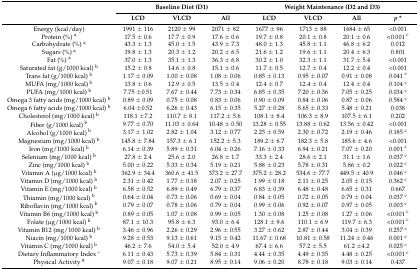
<table><thead><tr><td rowspan="2"></td><td colspan="3"><b>Baseline Diet (D1)</b></td><td colspan="4"><b>Weight Maintenance (D2 and D3)</b></td></tr><tr><td><b>LCD</b></td><td><b>VLCD</b></td><td><b>All</b></td><td><b>LCD</b></td><td><b>VLCD</b></td><td><b>All</b></td><td><b><i>p</i> *</b></td></tr></thead><tbody><tr><td>Energy (kcal/day)</td><td>1991 ± 116</td><td>2120 ± 99</td><td>2071 ± 82</td><td>1677 ± 96</td><td>1713 ± 88</td><td>1684 ± 65</td><td>&lt;0.001</td></tr><tr><td>Protein (%) <sup>a</sup></td><td>17.5 ± 0.6</td><td>17.7 ± 0.9</td><td>17.6 ± 0.6</td><td>19.7 ± 0.8</td><td>20.1 ± 0.8</td><td>20.1 ± 0.6</td><td>&lt;0.001 <sup>c</sup></td></tr><tr><td>Carbohydrate (%) <sup>a</sup></td><td>43.3 ± 1.3</td><td>45.0 ± 1.5</td><td>43.9 ± 7.3</td><td>48.0 ± 1.3</td><td>45.8 ± 1.1</td><td>46.8 ± 6.2</td><td>0.012</td></tr><tr><td>Sugars (%) <sup>a</sup></td><td>19.8 ± 1.3</td><td>20.3 ± 1.2</td><td>20.2 ± 6.5</td><td>21.6 ± 1.2</td><td>19.6 ± 1.1</td><td>20.4 ± 6.3</td><td>0.801</td></tr><tr><td>Fat (%) <sup>a</sup></td><td>37.0 ± 1.3</td><td>35.1 ± 1.3</td><td>36.3 ± 6.8</td><td>30.2 ± 1.0</td><td>32.3 ± 1.1</td><td>31.7 ± 5.4</td><td>&lt;0.001</td></tr><tr><td>Saturated fat (g/1000 kcal) <sup>b</sup></td><td>15.2 ± 0.8</td><td>14.6 ± 0.8</td><td>15.1 ± 0.6</td><td>11.7 ± 0.5</td><td>12.7 ± 0.4</td><td>12.2 ± 0.4</td><td>&lt;0.001</td></tr><tr><td>Trans fat (g/1000 kcal) <sup>b</sup></td><td>1.17 ± 0.09</td><td>1.00 ± 0.08</td><td>1.08 ± 0.06</td><td>0.85 ± 0.13</td><td>0.95 ± 0.07</td><td>0.91 ± 0.08</td><td>0.041 <sup>c</sup></td></tr><tr><td>MUFA (mg/1000 kcal) <sup>b</sup></td><td>13.8 ± 0.6</td><td>12.9 ± 0.5</td><td>13.5 ± 0.4</td><td>12.4 ± 0.7</td><td>12.4 ± 0.4</td><td>12.4 ± 0.4</td><td>0.104 <sup>c</sup></td></tr><tr><td>PUFA (mg/1000 kcal) <sup>b</sup></td><td>7.75 ±0.51</td><td>7.67 ± 0.44</td><td>7.73 ± 0.34</td><td>6.85 ± 0.35</td><td>7.20 ± 0.36</td><td>7.05 ± 0.25</td><td>0.034 <sup>c</sup></td></tr><tr><td>Omega 3 fatty acids (mg/1000 kcal) <sup>b</sup></td><td>0.89 ± 0.09</td><td>0.75 ± 0.08</td><td>0.83 ± 0.06</td><td>0.90 ± 0.09</td><td>0.84 ± 0.06</td><td>0.87 ± 0.06</td><td>0.584 <sup>c</sup></td></tr><tr><td>Omega 6 fatty acids (mg/1000 kcal) <sup>b</sup></td><td>6.04 ±0.52</td><td>6.26 ± 0.43</td><td>6.15 ± 0.35</td><td>5.27 ± 0.28</td><td>5.65 ± 0.33</td><td>5.48 ± 0.21</td><td>0.038 </td></tr><tr><td>Cholesterol (mg/1000 kcal) <sup>b</sup></td><td>118.1 ±7.2</td><td>110.7 ± 8.1</td><td>117.2 ± 5.6</td><td>108.1 ± 8.4</td><td>106.3 ± 8.9</td><td>107.5 ± 6.1</td><td>0.202 </td></tr><tr><td>Fiber (g/1000 kcal) <sup>b</sup></td><td>9.77 ± 0.70</td><td>11.03 ± 0.64</td><td>10.48 ± 0.50</td><td>13.28 ± 0.55</td><td>13.88 ± 0.62</td><td>13.56 ± 0.42</td><td>&lt;0.001</td></tr><tr><td>Alcohol (g/1000 kcal) <sup>b</sup></td><td>3.17 ± 1.02</td><td>2.82 ± 1.04</td><td>3.12 ± 0.77</td><td>2.25 ± 0.59</td><td>2.30 ± 0.72</td><td>2.19 ± 0.46</td><td>0.185 <sup>c</sup></td></tr><tr><td>Magnesium (mg/1000 kcal) <sup>b</sup></td><td>145.8 ± 7.84</td><td>157.3 ± 6.1</td><td>152.2 ± 5.3</td><td>189.2 ± 6.7</td><td>182.3 ± 5.8</td><td>185.6 ± 4.6</td><td>&lt;0.001</td></tr><tr><td>Iron (mg/1000 kcal) <sup>b</sup></td><td>6.14 ± 0.39</td><td>5.89 ± 0.31</td><td>6.04 ± 0.26</td><td>7.16 ± 0.33</td><td>6.94 ± 0.21</td><td>7.07 ± 0.20</td><td>0.001 <sup>c</sup></td></tr><tr><td>Selenium (mg/1000 kcal) <sup>b</sup></td><td>27.8 ± 2.4</td><td>25.6 ± 2.0</td><td>26.8 ± 1.7</td><td>33.3 ± 2.4</td><td>28.6 ± 2.1</td><td>31.1 ± 1.6</td><td>0.037 <sup>c</sup></td></tr><tr><td>Zinc (mg/1000 kcal) <sup>b</sup></td><td>5.00 ± 0.22</td><td>5.33 ± 0.34</td><td>5.19 ± 0.21</td><td>5.88 ± 0.23</td><td>5.78 ± 0.31</td><td>5.86 ± 0.2</td><td>0.022 <sup>c</sup></td></tr><tr><td>Vitamin A (μg/1000 kcal) <sup>b</sup></td><td>362.9 ± 34.4</td><td>360.6 ± 41.5</td><td>373.2 ± 27.7</td><td>375.2 ± 28.2</td><td>534.6 ± 77.7</td><td>449.5 ± 40.9</td><td>0.046 <sup>c</sup></td></tr><tr><td>Vitamin D (mg/1000 kcal) <sup>b</sup></td><td>2.31 ± 0.42</td><td>1.77 ± 0.18</td><td>2.07 ± 0.25</td><td>1.99 ± 0.18</td><td>2.11 ± 0.25</td><td>2.05 ± 0.15</td><td>0.362 <sup>c</sup></td></tr><tr><td>Vitamin E (mg/1000 kcal) <sup>b</sup></td><td>6.58 ± 0.52</td><td>6.89 ± 0.49</td><td>6.79 ± 0.37</td><td>6.83 ± 0.39</td><td>6.48 ± 0.48</td><td>6.65 ± 0.31</td><td>0.667 </td></tr><tr><td>Thiamin (mg/1000 kcal) <sup>b</sup></td><td>0.64 ± 0.04</td><td>0.73 ± 0.06</td><td>0.69 ± 0.04</td><td>0.84 ± 0.05</td><td>0.72 ± 0.05</td><td>0.79 ± 0.04</td><td>0.037 <sup>c</sup></td></tr><tr><td>Riboflavin (mg/1000 kcal) <sup>b</sup></td><td>0.79 ± 0.07</td><td>0.78 ± 0.06</td><td>0.79 ± 0.04</td><td>0.99 ± 0.06</td><td>0.92 ± 0.07</td><td>0.97 ± 0.05</td><td>0.003 <sup>c</sup></td></tr><tr><td>Vitamin B6 (mg/1000 kcal) <sup>b</sup></td><td>0.89 ± 0.05</td><td>1.07 ± 0.08</td><td>0.99 ± 0.05</td><td>1.30 ± 0.08</td><td>1.25 ± 0.08</td><td>1.27 ± 0.06</td><td>&lt;0.001 <sup>c</sup></td></tr><tr><td>Folate (μg/1000 kcal) <sup>b</sup></td><td>87.1 ± 10.3</td><td>95.8 ± 6.3</td><td>93.0 ± 6.4</td><td>128.1 ± 9.6</td><td>110.1 ± 6.9</td><td>119.7 ± 6.3</td><td>&lt;0.001 <sup>c</sup></td></tr><tr><td>Vitamin B12 (mg/1000 kcal) <sup>b</sup></td><td>3.46 ± 0.96</td><td>2.26 ± 0.29</td><td>2.96 ± 0.55</td><td>3.27 ± 0.62</td><td>2.87 ± 0.44</td><td>3.04 ± 0.39</td><td>0.257 <sup>c</sup></td></tr><tr><td>Niacin (mg/1000 kcal) <sup>b</sup></td><td>9.28 ± 0.53</td><td>9.13 ± 0.61</td><td>9.15 ± 0.42</td><td>11.67 ± 0.68</td><td>10.81 ± 0.58</td><td>11.24 ± 0.46 </td><td>0.001 <sup>c</sup></td></tr><tr><td>Vitamin C (mg/1000 kcal) <sup>b</sup></td><td>46.2 ± 7.6</td><td>54.0 ± 5.4</td><td>52.0 ± 4.9</td><td>67.4 ± 6.6</td><td>57.2 ± 5.5</td><td>61.2 ±4.2 </td><td>0.025 <sup>c</sup></td></tr><tr><td>Dietary Inflammatory Index ^</td><td>6.11 ± 0.43</td><td>5.73 ± 0.39</td><td>5.84 ± 0.31</td><td>4.44 ± 0.35</td><td>4.49 ± 0.35</td><td>4.48 ± 0.25</td><td>&lt;0.001 <sup>c</sup></td></tr><tr><td>Physical Activity <sup>#</sup></td><td>9.07 ± 0.18</td><td>9.07 ± 0.21</td><td>8.95 ± 0.14</td><td>9.06 ± 0.20</td><td>8.78 ± 0.18</td><td>9.03 ± 0.14</td><td>0.437</td></tr></tbody></table>